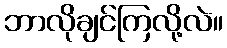
ဘာလိုချင်ကြလို့လဲ။